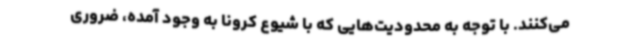
می‌کنند. با توجه به محدودیت‌هایی که با شیوع کرونا به وجود آمده، ضروری